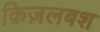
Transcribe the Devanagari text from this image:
क़िज़लबश